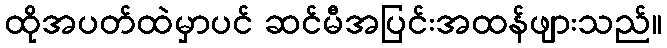
ထိုအပတ်ထဲမှာပင် ဆင်မီအပြင်းအထန်ဖျားသည်။